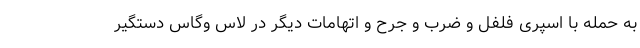
به حمله با اسپری فلفل و ضرب و جرح و اتهامات دیگر در لاس وگاس دستگیر